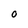
Character: O